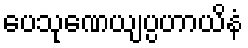
ပေသုဏေယျပ္ပဟာယိနံ